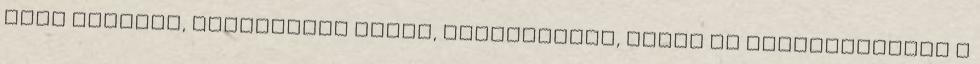
csak okosabb, egyszerűbb ennél, lényegtelen, lehet az egészségesebb a